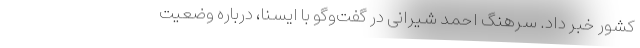
کشور خبر داد. سرهنگ احمد شیرانی در گفت‌وگو با ایسنا، درباره وضعیت